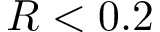
R < 0 . 2